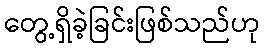
တွေ့ရှိခဲ့ခြင်းဖြစ်သည်ဟု